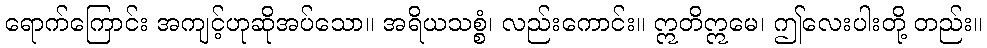
ရောက်ကြောင်း အကျင့်ဟုဆိုအပ်သော။ အရိယသစ္စံ၊ လည်းကောင်း။ ဣတိဣမေ၊ ဤလေးပါးတို့ တည်း။